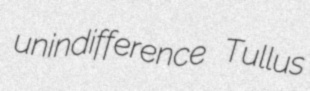
unindifference Tullus